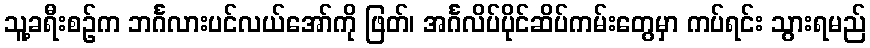
သူ့ခရီးစဉ်က ဘင်္ဂလားပင်လယ်အော်ကို ဖြတ်၊ အင်္ဂလိပ်ပိုင်ဆိပ်ကမ်းတွေမှာ ကပ်ရင်း သွားရမည်